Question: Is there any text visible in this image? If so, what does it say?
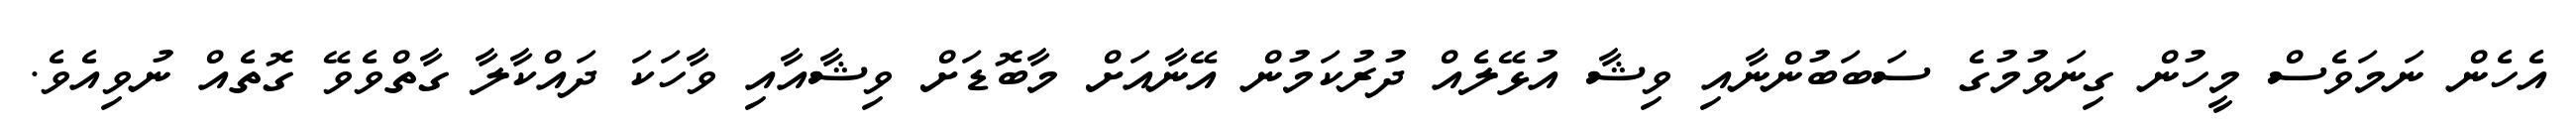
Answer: އެހެން ނަމަވެސް މީހުން ގިނަވުމުގެ ސަބަބުންނާއި ވިޝާ އުޅޭލެއް ދުރުކަމުން އޭނާއަށް މާބޮޑަށް ވިޝާއާއި ވާހަކަ ދައްކާލާ ގާތްވެވޭ ގޮތެއް ނުވިއެވެ.